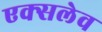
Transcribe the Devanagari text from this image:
एक्सलेव